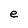
Character: e